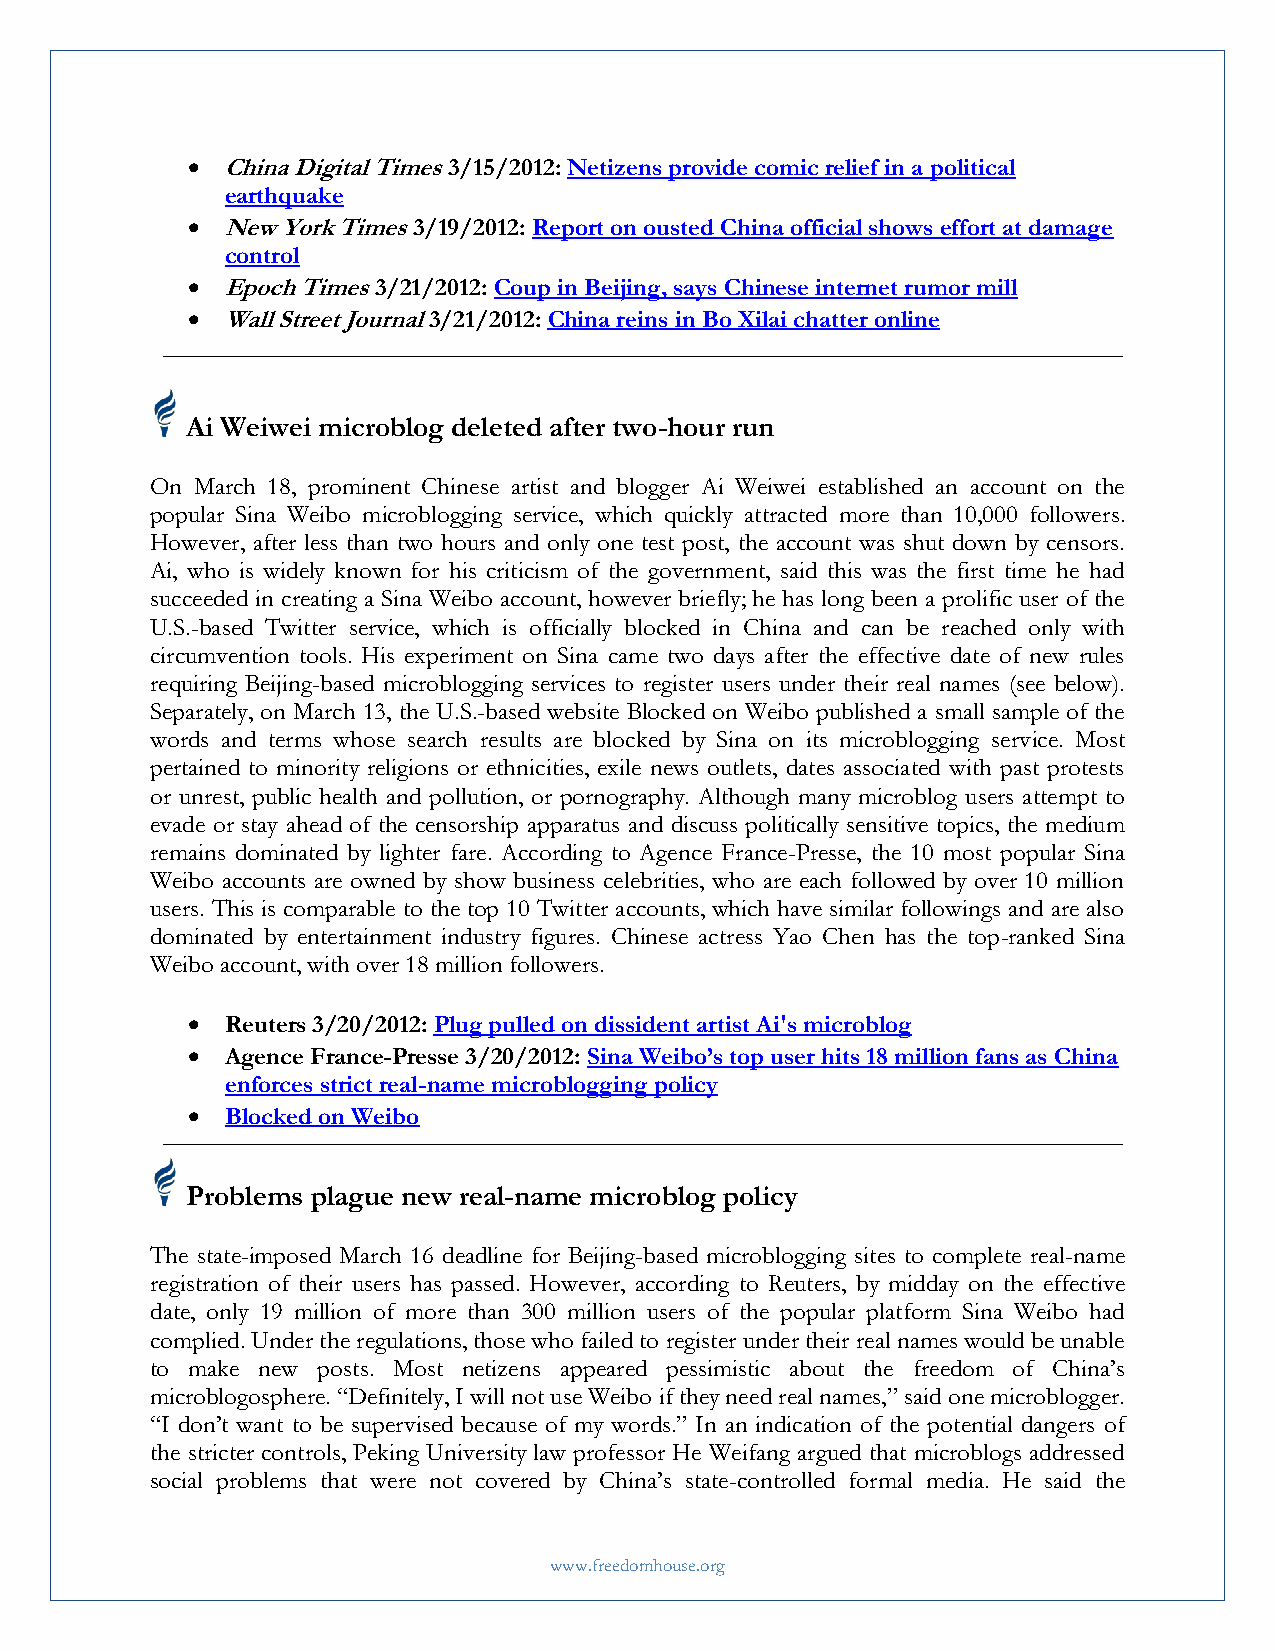
  China Digital Times 3/15/2012: Netizens provide comic relief in a political
 earthquake
   New York Times 3/19/2012: Report on ousted China official shows effort at damage
 control
   Epoch Times 3/21/2012: Coup in Beijing, says Chinese internet rumor mill
   Wall Street Journal 3/21/2012: China reins in Bo Xilai chatter online
 Ai Weiwei microblog deleted after two-hour run
 On March 18, prominent Chinese artist and blogger Ai Weiwei established an account on the
 popular Sina Weibo microblogging service, which quickly attracted more than 10,000 followers.
 However, after less than two hours and only one test post, the account was shut down by censors.
 Ai, who is widely known for his criticism of the government, said this was the first time he had
 succeeded in creating a Sina Weibo account, however briefly; he has long been a prolific user of the
 U.S.-based Twitter service, which is officially blocked in China and can be reached only with
 circumvention tools. His experiment on Sina came two days after the effective date of new rules
 requiring Beijing-based microblogging services to register users under their real names (see below).
 Separately, on March 13, the U.S.-based website Blocked on Weibo published a small sample of the
 words and terms whose search results are blocked by Sina on its microblogging service. Most
 pertained to minority religions or ethnicities, exile news outlets, dates associated with past protests
 or unrest, public health and pollution, or pornography. Although many microblog users attempt to
 evade or stay ahead of the censorship apparatus and discuss politically sensitive topics, the medium
 remains dominated by lighter fare. According to Agence France-Presse, the 10 most popular Sina
 Weibo accounts are owned by show business celebrities, who are each followed by over 10 million
 users. This is comparable to the top 10 Twitter accounts, which have similar followings and are also
 dominated by entertainment industry figures. Chinese actress Yao Chen has the top-ranked Sina
 Weibo account, with over 18 million followers.
   Reuters 3/20/2012: Plug pulled on dissident artist Ai's microblog
   Agence France-Presse 3/20/2012: Sina Weibo’s top user hits 18 million fans as China
 enforces strict real-name microblogging policy
   Blocked on Weibo
 Problems plague new real-name microblog policy
 The state-imposed March 16 deadline for Beijing-based microblogging sites to complete real-name
 registration of their users has passed. However, according to Reuters, by midday on the effective
 date, only 19 million of more than 300 million users of the popular platform Sina Weibo had
 complied. Under the regulations, those who failed to register under their real names would be unable
 to make new posts. Most netizens appeared pessimistic about the freedom of China’s
 microblogosphere. “Definitely, I will not use Weibo if they need real names,” said one microblogger.
 “I don’t want to be supervised because of my words.” In an indication of the potential dangers of
 the stricter controls, Peking University law professor He Weifang argued that microblogs addressed
 social problems that were not covered by China’s state-controlled formal media. He said the
 www.freedomhouse.org